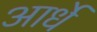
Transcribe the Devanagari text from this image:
आर्धे